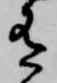
有